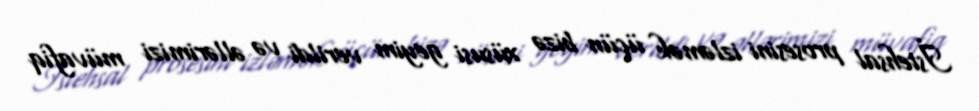
İstehsal prosesini izləmək üçün bizə xüsusi geyim verildi və əllərimizi müvafiq